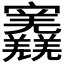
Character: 𡬎